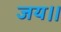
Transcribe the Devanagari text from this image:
जय।।